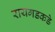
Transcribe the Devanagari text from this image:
रायगडकडे